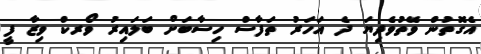
އެގޮތުން ވޭތުވެދިޔަ ދެ އަހަރު ތަފާސް ހިސާބަށް ބަލައިރު ވޯރކް ވިޒާ ފީ